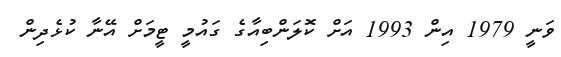
ވަނީ 1979 އިން 1993 އަށް ކޮލަންބިއާގެ ގައުމީ ޓީމަށް އޭނާ ކުޅެދިން